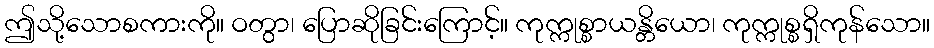
ဤသို့သောစကားကို။ ဝတွာ၊ ပြောဆိုခြင်းကြောင့်။ ကုက္ကုစ္စာယန္တိယော၊ ကုက္ကုစ္စရှိကုန်သော။